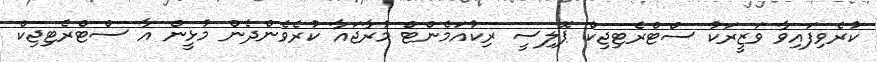
ކުރެވިފައިވާ ވަޒީރަކު ސްޓްރެޓިޖިކް ޕޮލިސީ ރިކުއަމެންޓް މުރާޖައާ ކުރެވެންދެން މުޅީން އާ ސްޓްރެޓިޖިކް